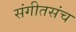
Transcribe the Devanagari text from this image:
संगीतसंच